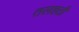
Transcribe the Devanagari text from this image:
तलहठी